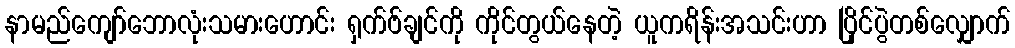
နာမည်ကျော်ဘောလုံးသမားဟောင်း ရှက်ဗ်ချင်ကို ကိုင်တွယ်နေတဲ့ ယူကရိန်းအသင်းဟာ ပြိုင်ပွဲတစ်လျှောက်